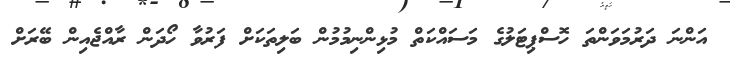
އަންނަ ދަރުމަވަންތަ ހޮސްޕިޓަލުގެ މަސައްކަތް މުޅިންނިމުމުން ބަލިތަކަށް ފަރުވާ ހޯދަން ރާއްޖެއިން ބޭރަށް